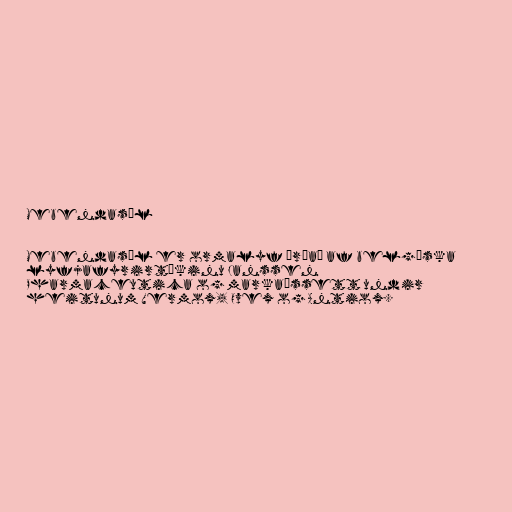
Mebendasól

Mebendasól er ormalyf þróað af belgíska
lyfjafyrirtækinu Janssen
Pharmaceutica og markaðssett undir
heitunum Vermox, Ovex og Antiox.